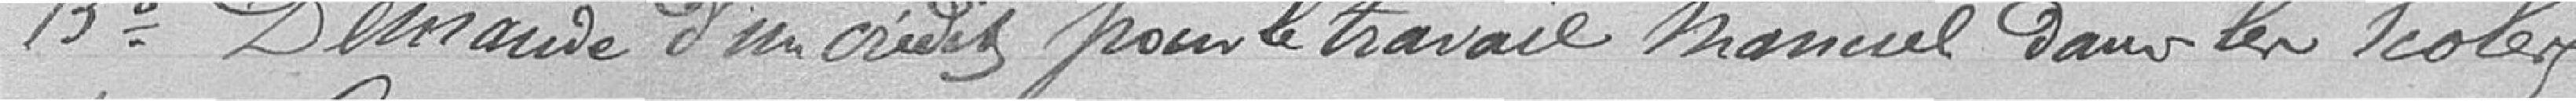
15° Demande d'un crédit pour le travail manuel dans les écoles